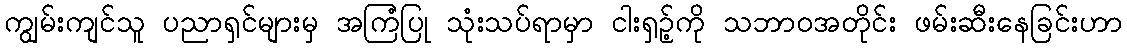
ကျွမ်းကျင်သူ ပညာရှင်များမှ အကြံပြု သုံးသပ်ရာမှာ ငါးရှဉ့်ကို သဘာဝအတိုင်း ဖမ်းဆီးနေခြင်းဟာ